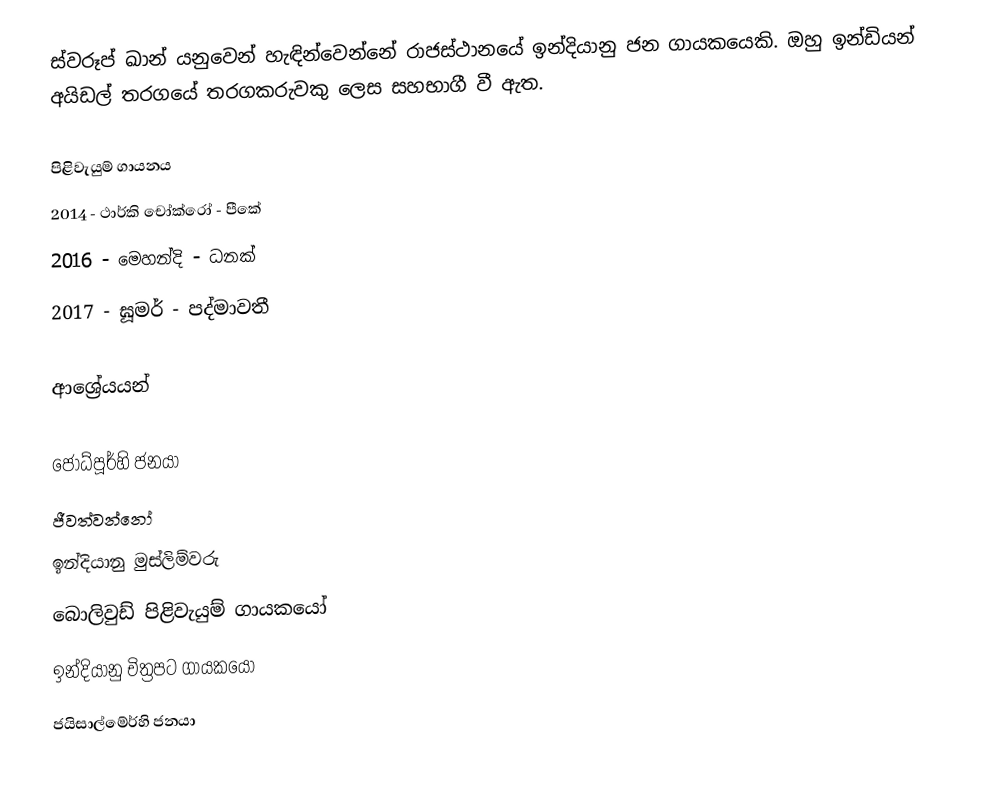
ස්වරූප් ඛාන් යනුවෙන් හැඳින්වෙන්නේ රාජස්ථානයේ ඉන්දියානු ජන ගායකයෙකි. ඔහු ඉන්ඩියන් අයිඩල් තරගයේ තරගකරුවකු ලෙස සහභාගී වී ඇත.

පිළිවැයුම් ගායනය
2014 - ථාර්කි චෝක්රෝ - පීකේ
2016 - මෙහන්දි - ධනක්
2017 - ඝූමර් - පද්මාවතී

ආශ්‍රේයයන්

ජෝධ්පූර්හි ජනයා
ජීවත්වන්නෝ
ඉන්දියානු මුස්ලිම්වරු
බොලිවුඩ් පිළිවැයුම් ගායකයෝ
ඉන්දියානු චිත්‍රපට ගායකයෝ
ජයිසාල්මේර්හි ජනයා